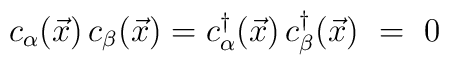
c_\alpha({\vec x})\,c_\beta({\vec x})=c_\alpha^\dagger({\vec x})\,c_\beta^\dagger({\vec x}) ~ = ~ 0